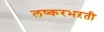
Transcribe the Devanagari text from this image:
लष्करभऱती